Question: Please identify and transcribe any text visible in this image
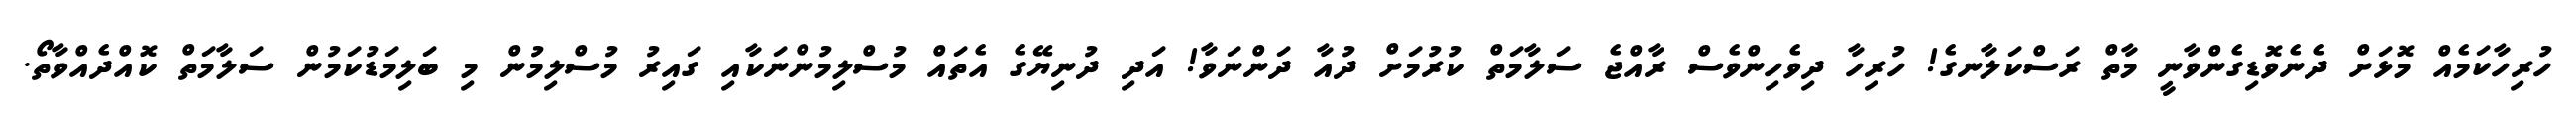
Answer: ހުރިހާކަމެއް މޮޅަށް ދެނެވޮޑިގެންވާނީ މާތް ރަސްކަލާނގެ! ހުރިހާ ދިވެހިންވެސް ރާއްޖެ ސަލާމަތް ކުރުމަށް ދުއާ ދަންނަވާ! އަދި ދުނިޔޭގެ އެތައް މުސްލިމުންނަކާއި ގައިރު މުސްލިމުން މި ބަލިމަޑުކަމުން ސަލާމަތް ކޮއްދެއްވާތޯ.